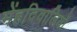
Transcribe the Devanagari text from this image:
मेंहदिवालियों